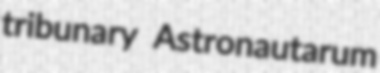
tribunary Astronautarum